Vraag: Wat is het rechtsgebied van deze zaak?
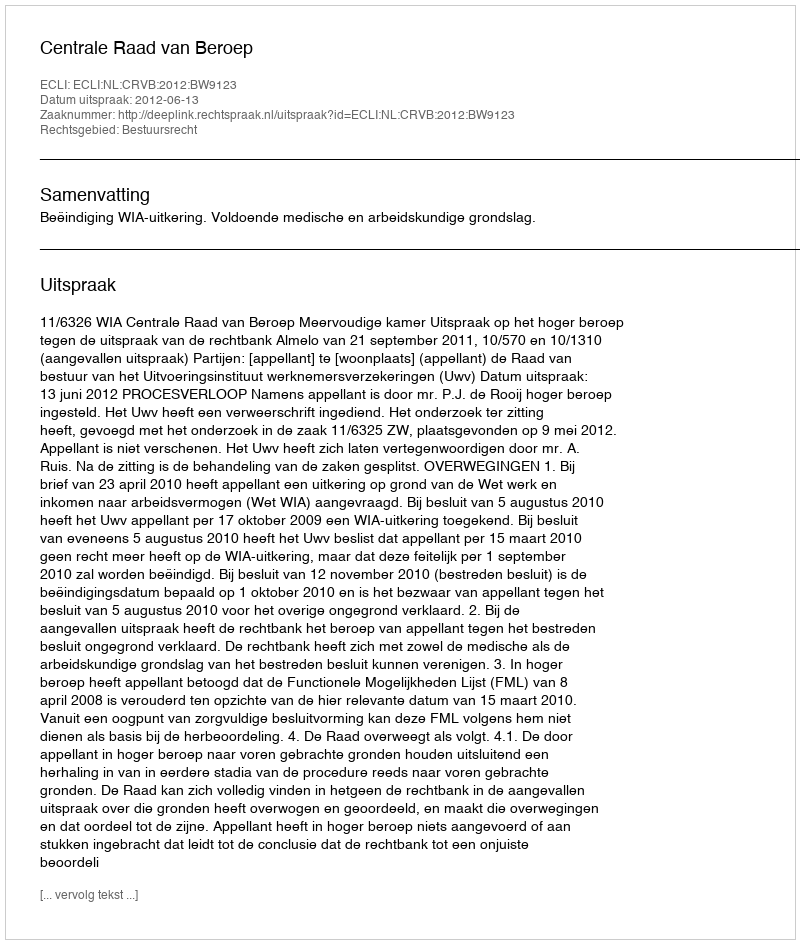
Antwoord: Bestuursrecht